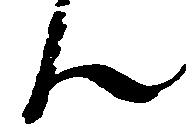
ん